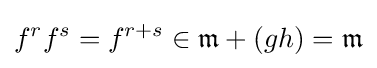
f^{r}f^{s}=f^{r+s}\in {\mathfrak {m}}+(gh)={\mathfrak {m}}